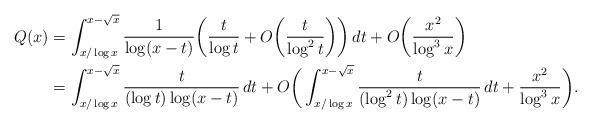
LaTeX: \begin{align*} Q(x) &= \int_{x/\log x}^{x-\sqrt x} \frac1{\log(x-t)}\bigg( \frac t{\log t} + O\bigg( \frac t{\log^2t} \bigg) \bigg) \,dt + O\bigg( \frac{x^2}{\log^3x} \bigg) \\ &= \int_{x/\log x}^{x-\sqrt x} \frac t{(\log t)\log(x-t)} \,dt + O\bigg( \int_{x/\log x}^{x-\sqrt x} \frac t{(\log^2t) \log(x-t)}\,dt + \frac{x^2}{\log^3x} \bigg). \end{align*}